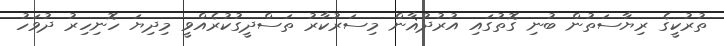
ތުރުކީގެ ރިޔާސަތުން ބުނި ގޮތުގައި އުރުދުޣާން މިސަރުކާރު ތަސްދީގުކުރެއްވީ މިދިޔަ ހޮނިހިރު ދުވަހު